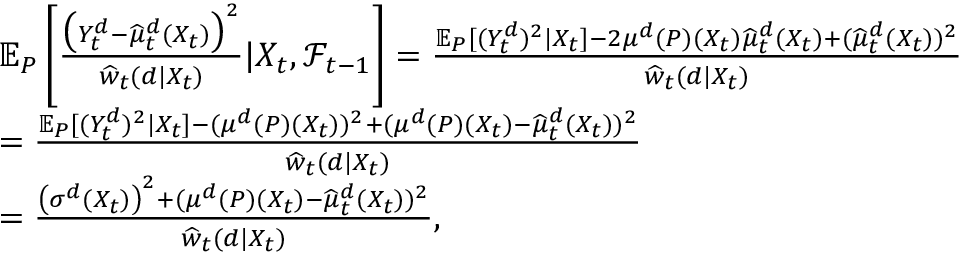
\begin{array} { r l } & { \mathbb { E } _ { P } \left[ \frac { \big ( Y _ { t } ^ { d } - \widehat { \mu } _ { t } ^ { d } ( X _ { t } ) \big ) ^ { 2 } } { \widehat { w } _ { t } ( d | X _ { t } ) } | X _ { t } , \mathcal { F } _ { t - 1 } \right] = \frac { \mathbb { E } _ { P } [ ( Y _ { t } ^ { d } ) ^ { 2 } | X _ { t } ] - 2 \mu ^ { d } ( P ) ( X _ { t } ) \widehat { \mu } _ { t } ^ { d } ( X _ { t } ) + ( \widehat { \mu } _ { t } ^ { d } ( X _ { t } ) ) ^ { 2 } } { \widehat { w } _ { t } ( d | X _ { t } ) } } \\ & { = \frac { \mathbb { E } _ { P } [ ( Y _ { t } ^ { d } ) ^ { 2 } | X _ { t } ] - ( \mu ^ { d } ( P ) ( X _ { t } ) ) ^ { 2 } + ( \mu ^ { d } ( P ) ( X _ { t } ) - \widehat { \mu } _ { t } ^ { d } ( X _ { t } ) ) ^ { 2 } } { \widehat { w } _ { t } ( d | X _ { t } ) } } \\ & { = \frac { \left( \sigma ^ { d } ( X _ { t } ) \right) ^ { 2 } + ( \mu ^ { d } ( P ) ( X _ { t } ) - \widehat { \mu } _ { t } ^ { d } ( X _ { t } ) ) ^ { 2 } } { \widehat { w } _ { t } ( d | X _ { t } ) } , } \end{array}